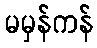
မမှန်ကန်